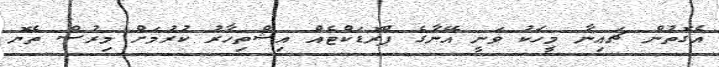
އެގޮތުން ޗައިނާ މީހަކު ވަނީ އޭނާގެ ޕްރޮޑަކްޓެއް އިޝްތިހާރު ކުރުމަށް މިރުސް ތެޔޮ